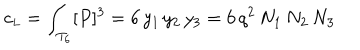
LaTeX: c _ { \small L } = \int _ { T _ { 6 } } [ P ] ^ { 3 } = 6 \, y _ { 1 } \, y _ { 2 } \, y _ { 3 } = 6 \, q ^ { 2 } \, N _ { 1 } \, N _ { 2 } \, N _ { 3 }